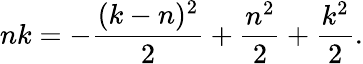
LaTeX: nk=-{\frac{(k-n)^{2}}{2}}+{\frac{n^{2}}{2}}+{\frac{k^{2}}{2}}.